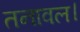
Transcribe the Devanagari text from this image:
तनावल।